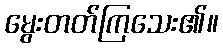
မွေးတတ်ကြသေး၏။